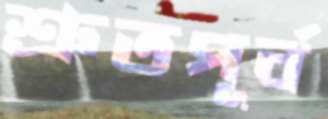
শ্রুতপূর্ব